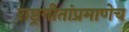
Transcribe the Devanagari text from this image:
राष्ट्रगीतांप्रमाणेच